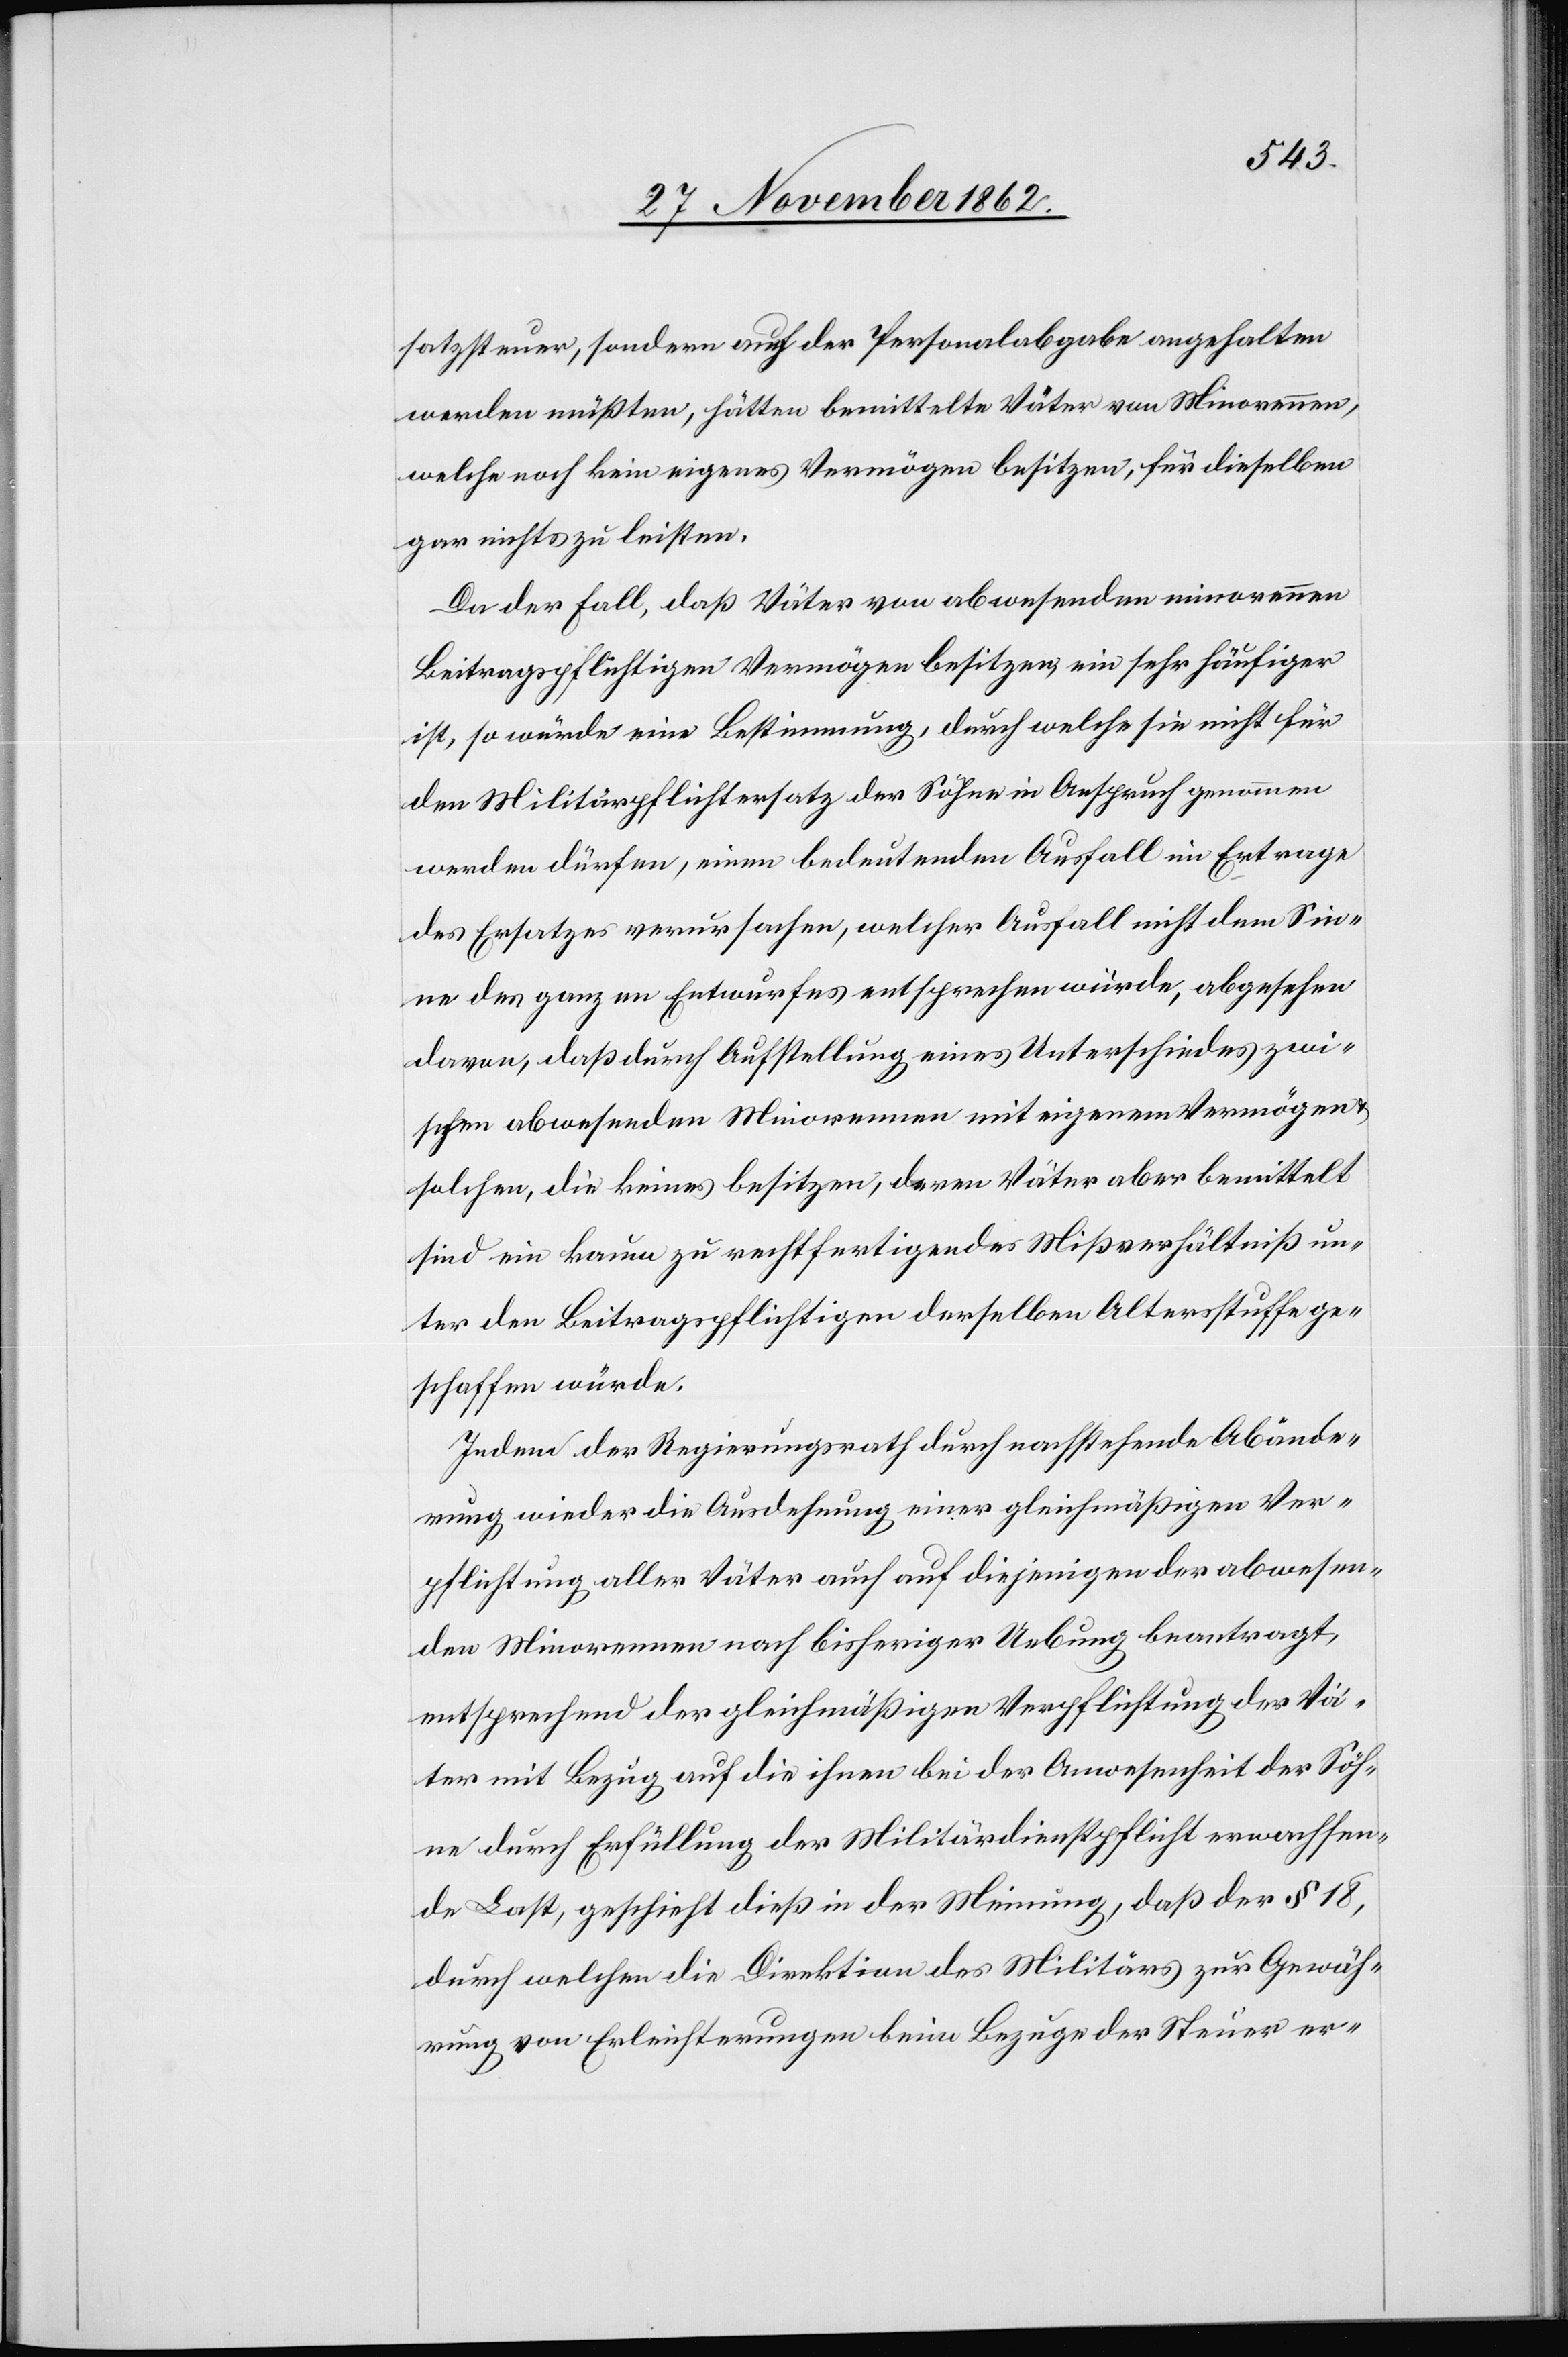
satzsteuer, sondern auch der Personalabgabe angehalten
werden müßten, hätten bemittelte Väter von Minorennen,
welche noch kein eigenes Vermögen besitzen, für dieselben
gar nichts zu leisten.
Da der Fall, daß Väter von abwesenden minorennen
Beitragpflichtigen Vermögen besitzen, ein sehr häufiger
ist, so wäre eine Bestimmung, durch welche sie nicht für
den Militärpflichtersatz der Söhne in Anspruch genommen
werden dürfen, einen bedeutenden Ausfall im Ertrage
des Ersatzes verursache, welcher Ausfall nicht dem Sin¬
ne des ganzen Entwurfes entsprechen würde, abgesehen
davon, daß durch Aufstellung eines Unterschiedes zwi¬
schen abwesenden Minorennen mit eigenem Vermögen
solche, die keines besitzen, deren Väter aber bemittelt
sind ein kaum zu rechtfertigendes Mißverhältniß un¬
ter den Beitragspflichtigen derselben Altersstufe ge¬
schaffen würde.
Indem der Regierungsrath durch nachstehende Abände¬
rung wieder die Ausdehnung einer gleichmäßigen Ver¬
pflichtung aller Väter auch auf diejenigen der abwesen¬
den Minorennen nach bisheriger Uebung beantragt,
entsprechen der gleichmäßigen Verpflichtung der Vä¬
ter mit Bezug auf die ihnen bei der Anwesenheit der Söh¬
ne durch Erfüllung der Militärdienstpflicht erwachsen¬
de Last, geschieht dieß in der Meinung, daß der § 18,
durch welchen die Direktion des Militärs zur Gewäh¬
rung von Erleichterungen beim Bezuge der Steuer er-